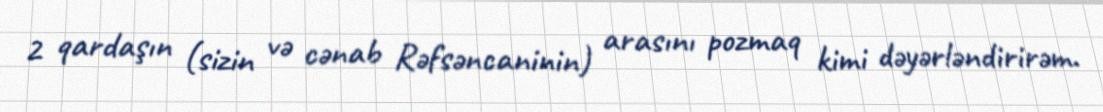
2 qardaşın (sizin və cənab Rəfsəncaninin) arasını pozmaq kimi dəyərləndirirəm.